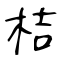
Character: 桔